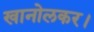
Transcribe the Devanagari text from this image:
खानोलकर।